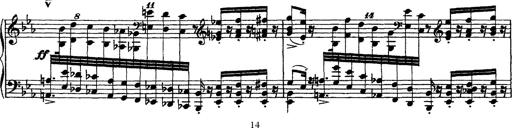
Title: Grandes Ã©tudes de Paganini
Composer: Franz Liszt